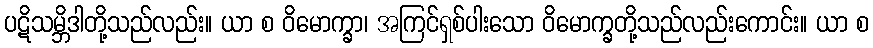
ပဋိသမ္ဘိဒါတို့သည်လည်း။ ယာ စ ဝိမောက္ခာ၊ အကြင်ရှစ်ပါးသော ဝိမောက္ခတို့သည်လည်းကောင်း။ ယာ စ